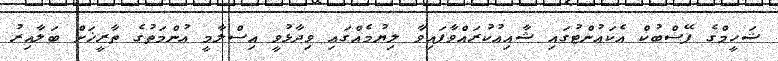
ޝަހީމްގެ ފޭސްބުކް އެކައުންޓުގައި ޝާއިއުކުރައްވާފައިވާ ލިޔުމެއްގައި ވިދާޅުވީ އިސްލާމީ އުންމަތުގެ ތާރީޚަށް ބަލާއިރު